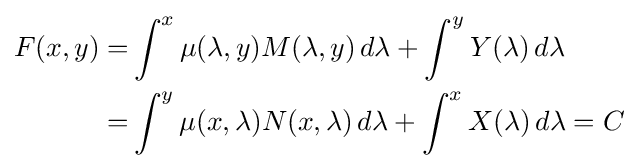
{\begin{aligned}F(x,y)=&\int ^{x}\mu (\lambda ,y)M(\lambda ,y)\,d\lambda +\int ^{y}Y(\lambda )\,d\lambda \\=&\int ^{y}\mu (x,\lambda )N(x,\lambda )\,d\lambda +\int ^{x}X(\lambda )\,d\lambda =C\end{aligned}}